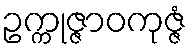
ဥက္ကုဇ္ဇာဝကုဇ္ဇံ